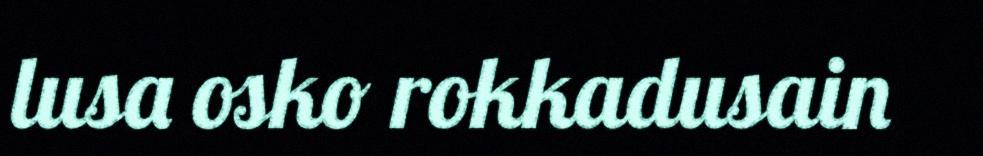
lusa osko rokkadusain